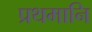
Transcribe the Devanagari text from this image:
प्रथमानि